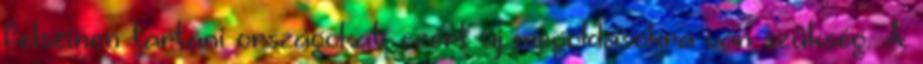
felszínen tartani országokat, ezért új megoldásokra van szükség. A